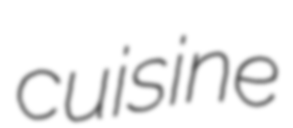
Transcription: cuisine